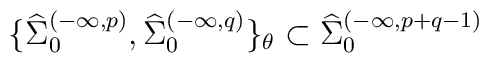
\{{\widehat \Sigma}_{0}^{(-\infty, p)},  {\widehat \Sigma}_{0}^{(-\infty, q)}\}_{\theta}\subset {\widehat \Sigma}_{0}^{(-\infty, p+q-1)}